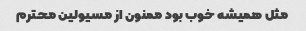
مثل همیشه خوب بود ممنون از مسیولین محترم